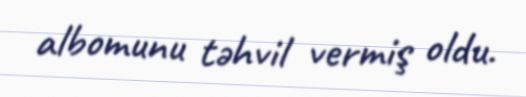
albomunu təhvil vermiş oldu.